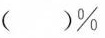
( ) \%